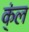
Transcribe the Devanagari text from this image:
क्ंल